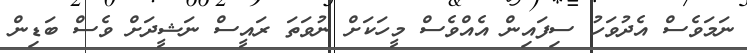
ނަމަވެސް އެދުވަހު ސިފައިން އެއްވެސް މީހަކަށް ނުވަތަ ރައީސް ނަޝީދަށް ވެސް ބަޑިން